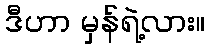
ဒီဟာ မှန်ရဲ့လား။